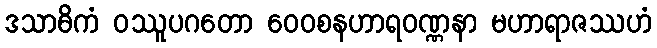
ဒသာဓိကံ ဝဿူပဂတော ဝေဝစနဟာရဝဏ္ဏနာ မဟာရာဇဿဟံ